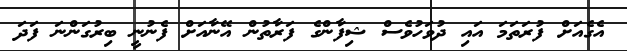
އެގެއަށް ފުރަތަމަ އައި ދުވަހުވެސް ޝިފާންގެ ފަރާތުން އޭނާއަށް ފެނުނީ ބިރުގަންނަ ފަދަ